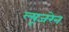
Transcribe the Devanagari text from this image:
ल्यूजरेन